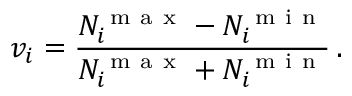
v _ { i } = \frac { N _ { i } ^ { \mathrm { ~ m ~ a ~ x ~ } } - N _ { i } ^ { \mathrm { ~ m ~ i ~ n ~ } } } { N _ { i } ^ { \mathrm { ~ m ~ a ~ x ~ } } + N _ { i } ^ { \mathrm { ~ m ~ i ~ n ~ } } } \, .